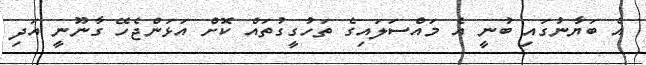
އެ ބަޔާނުގައި ބުނީ އެ މައްސަލައިގެ ތަހުގީގުތައް ކޮށް އަޅަންޖެހޭ ގާނޫނީ އަދި